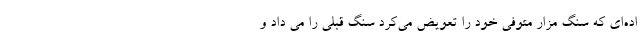
اده‌ای که سنگ مزار متوفی خود را تعویض می‌کرد سنگ قبلی را می داد و